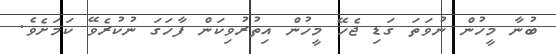
ބުނާ މީހުން ނުވަތަ ގަޑި ޖެހޭ މީހުން އިތުރުވިކަން ފާހަގަ ނުކުރެވޭ ކަމަށެވެ.